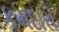
કમદારો